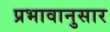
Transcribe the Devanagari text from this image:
प्रभावानुसार